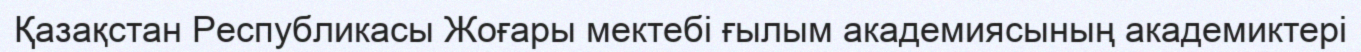
Қазақстан Республикасы Жоғары мектебі ғылым академиясының академиктері